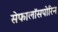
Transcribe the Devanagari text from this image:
सेफालॉसपोरिन